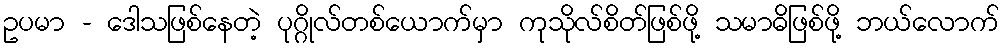
ဥပမာ - ဒေါသဖြစ်နေတဲ့ ပုဂ္ဂိုလ်တစ်ယောက်မှာ ကုသိုလ်စိတ်ဖြစ်ဖို့ သမာဓိဖြစ်ဖို့ ဘယ်လောက်